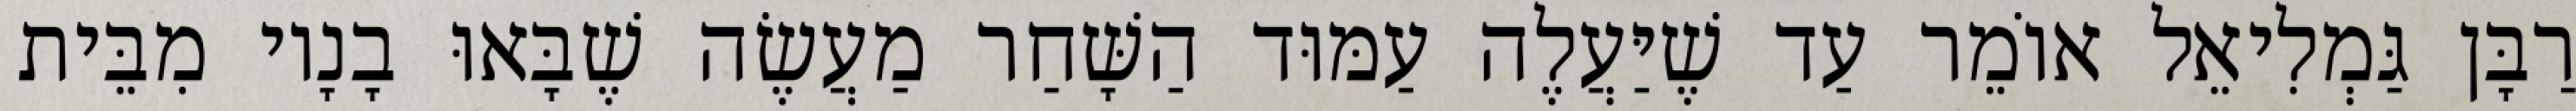
רַבָּן גַּמְלִיאֵל אוֹמֵר עַד שֶׁיַּעֲלֶה עַמּוּד הַשָּׁחַר מַעֲשֶׂה שֶׁבָּאוּ בָנָיו מִבֵּית